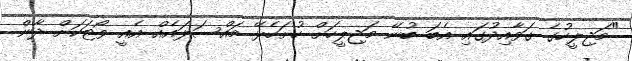
"މަޖިލީހުގެ ގަވާއިދުގައި އެބަ ބުނޭ މަޖިލީހަށް ހުށަހެޅޭ މައްސަލައެއް އެއީ ވޯޓަކަށް ދާން